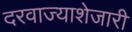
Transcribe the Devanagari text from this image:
दरवाज्याशेजारी